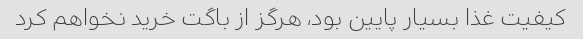
کیفیت غذا بسیار پایین بود، هرگز از باگت خرید نخواهم کرد